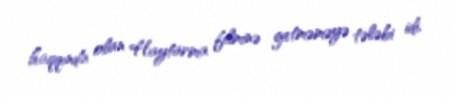
haqqında olan Haytarma filminə getməməyə tələbi idi.